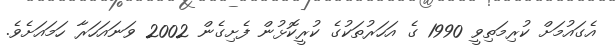
އެގައުމަށް ކުރިމަތިވީ 1990 ގެ އަހަރުތަކުގެ ކުރީކޮޅުން ފެށިގެން 2002 ވަނައަހަރާ ހަމައަށެވެ.